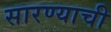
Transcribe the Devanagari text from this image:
सारण्याची